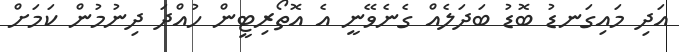
އަދި މައިގަނޑު ބޮޑު ބަދަލެއް ގެނެވޭނީ އެ އޮތޯރިޓީން ހުއްދަ ދިނުމުން ކަމަށް